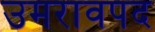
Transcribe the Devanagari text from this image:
उमरावपद